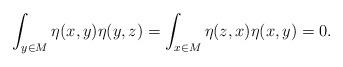
LaTeX: \begin{align*} \int_{y \in M} \eta(x,y)\eta(y,z) = \int_{x \in M} \eta(z,x)\eta(x,y) = 0. \end{align*}